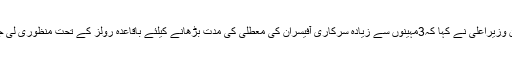
نگران وزیراعلیٰ نے کہا کہ3مہینوں سے زیادہ سرکاری آفیسران کی معطلی کی مدت بڑھانے کیلئے باقاعدہ رولز کے تحت منظوری لی جائے۔